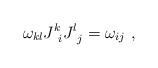
\begin{align*}\omega_{kl}J^k_{\ i}J^l_{\ j} = \omega_{ij} \ ,\end{align*}